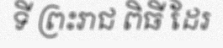
ទី ព្រះរាជ ពិធី ដែរ